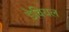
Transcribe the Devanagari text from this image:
डेवियल